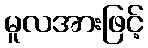
မူလအားဖြင့်